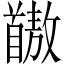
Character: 𫗺